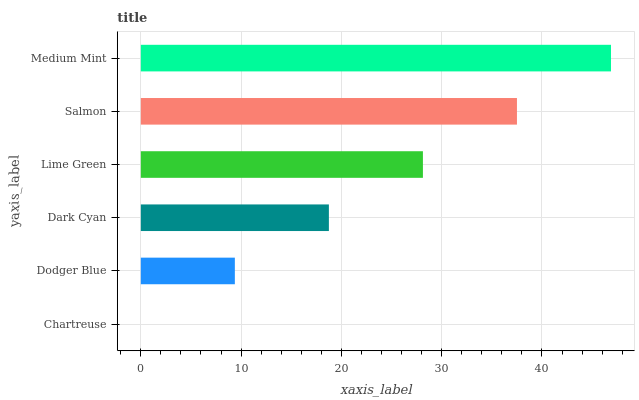
| yaxis_label | bars |
 | --- | --- |
 | Chartreuse | 0 |
 | Dodger Blue | 9.38 |
 | Dark Cyan | 18.8 |
 | Lime Green | 28.1 |
 | Salmon | 37.5 |
 | Medium Mint | 46.9 |